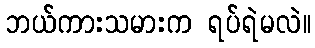
ဘယ်ကားသမားက ရပ်ရဲမလဲ။